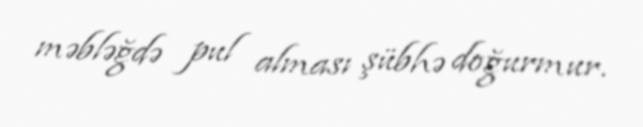
məbləğdə pul alması şübhə doğurmur.